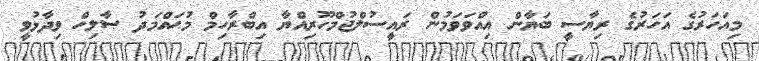
މިއަހަރުގެ އަހަރުގެ ރިޔާސީ ބަޔާން އިއްވަވަމުން ރައީސުލްޖުމްހޫރިއްޔާ އިބްރާހިމް މުޙައްމަދު ޞާލިހް ވިދާޅުވީ